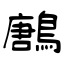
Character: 鶶